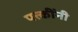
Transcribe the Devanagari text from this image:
पत्कींनी